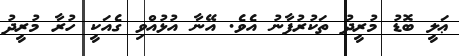
ޢަލީ ބޮޑު މުރީދު ތަކުރުފާނު އެވެ. އޭނާ އުޅުއްވި ގެއަކީ ހުރާ މުރީދު